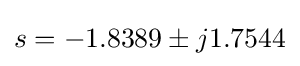
s=-1.8389\pm j1.7544